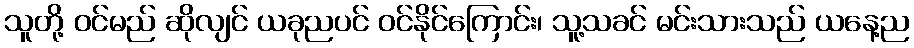
သူတို့ ဝင်မည် ဆိုလျင် ယခုညပင် ဝင်နိုင်ကြောင်း၊ သူ့သခင် မင်းသားသည် ယနေ့ည